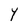
Character: Y